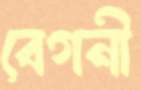
বেগনী